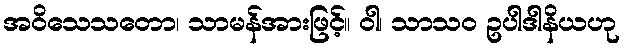
အဝိသေသတော၊ သာမန်အားဖြင့်။ ဝါ၊ သာသဝ ဥပါဒါနိယဟု